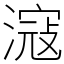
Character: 滱